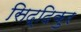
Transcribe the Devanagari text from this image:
सिद्दिकुर